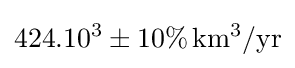
424.10^{3}\pm 10\%\,\mathrm {km^{3}/yr}